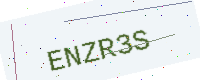
Text: ENZR3S